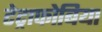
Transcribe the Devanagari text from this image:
टेट्राफोबिया